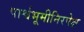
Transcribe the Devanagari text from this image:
पार्श्वभूमीनिरपेक्ष